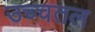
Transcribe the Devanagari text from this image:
उच्चतल